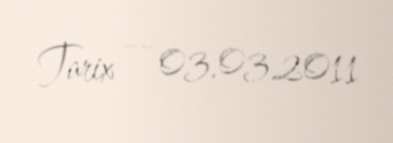
Tarix — 03.03.2011